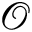
\mathcal { O }